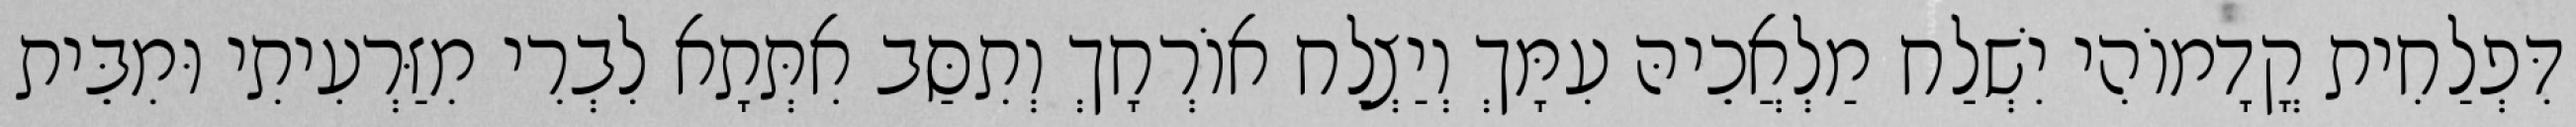
דִּפְלַחִית קֳדָמוֹהִי יִשְׁלַח מַלְאֲכֵיהּ עִמָּךְ וְיַצְלַח אוֹרְחָךְ וְתִסַּב אִתְּתָא לִבְרִי מִזַּרְעִיתִי וּמִבֵּית